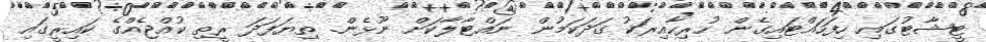
ޓީޝާޓުގައި ހިފަހައްޓައިގެން ހުރިހާއިރަކު ގަދަކަމުން ނައްޓާލާކަށް ނޫޅެން. ތިޔަފަދަ ރީތި ކުއްޖެއްގެ ކައިރީގައި